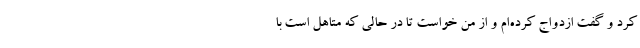
کرد و گفت ازدواج کرده‌ام و از من خواست تا در حالی که متاهل است با